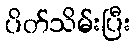
ပိတ်သိမ်းပြီး